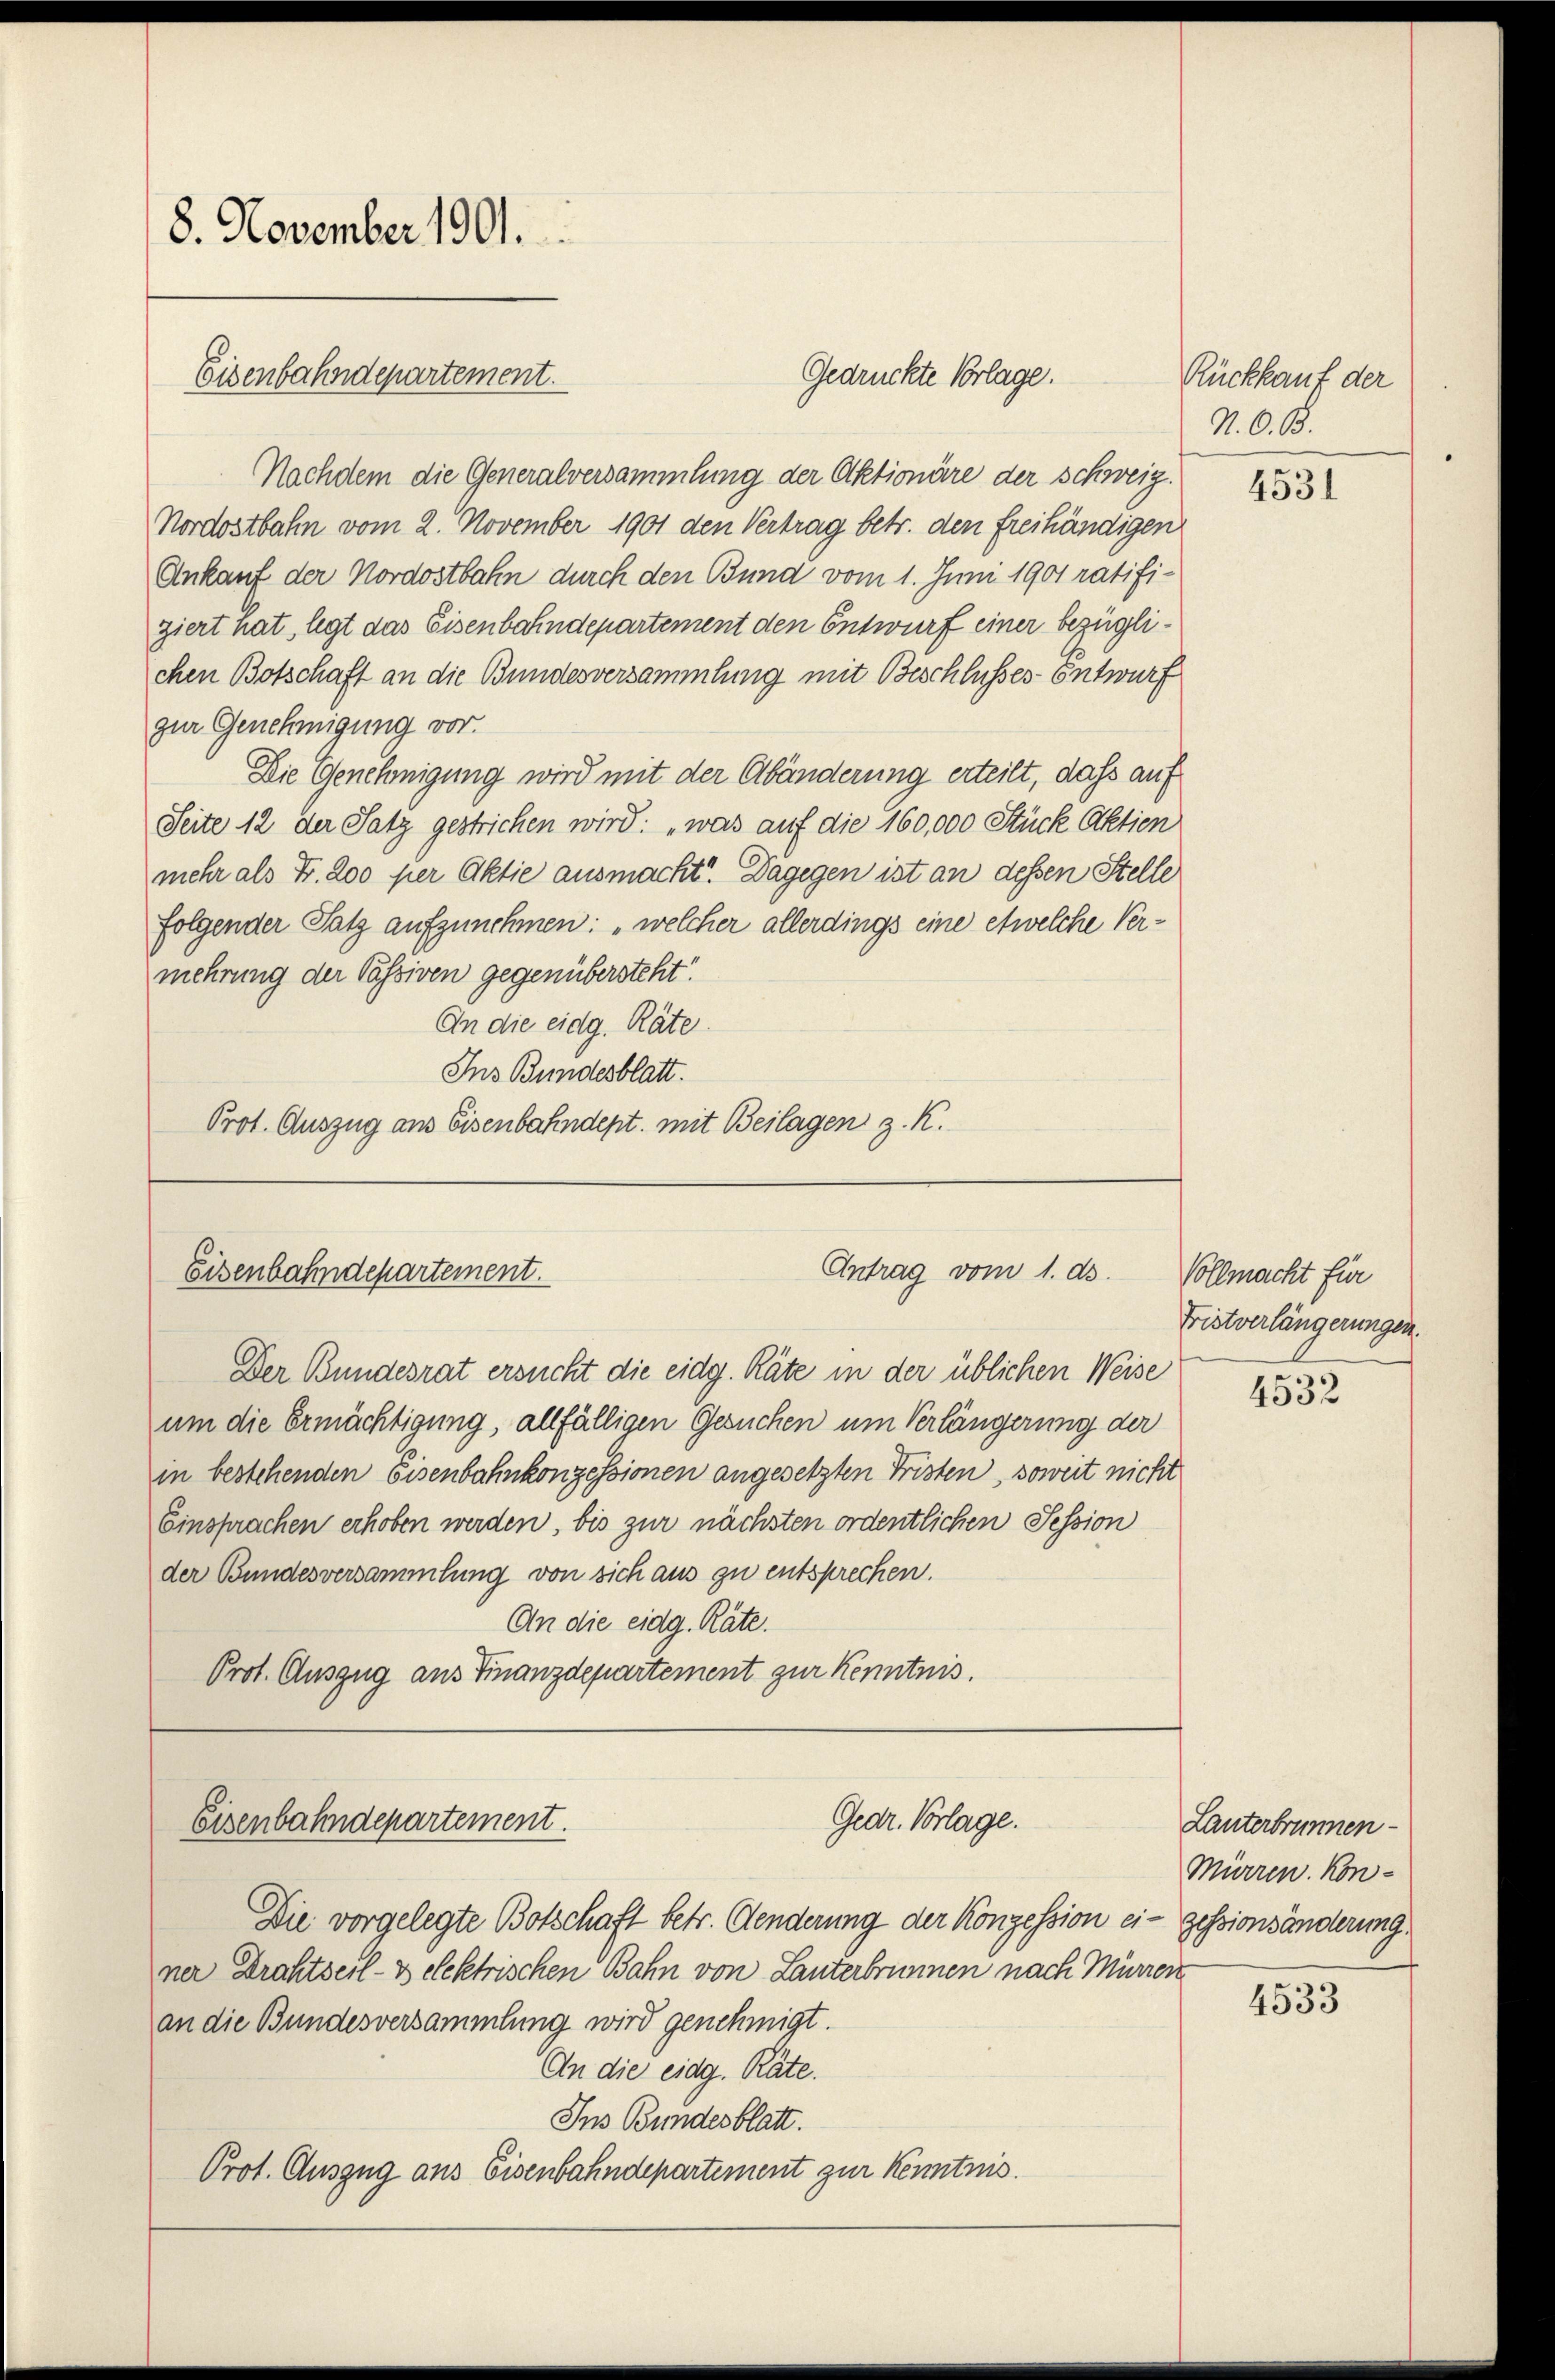
8. November 1901.

Nachdem die Generalversammlung der Aktionäre der schweiz.
Nordostbahn vom 2. November 1901 den Vertrag betr. den freihändigen
Ankauf der Nordostbahn durch den Bund vom 1. Juni 1901 ratifiziert hat, legt das Eisenbahndepartement den Entwurf einer bezüglichen Botschaft an die Bundesversammlung mit Beschlusses Entwurf
zur Genehmigung vor.
Die Genehmigung wird mit der Abänderung erteilt, dass auf
Seite 12 der Satz gestrichen wird: „was auf die 160,000 Stück Aktien
mehr als Fr. 200 per Aktie ausmacht. Dagegen ist an dessen Stelle
folgender Satz aufzunehmen: „welcher allerdings eine etwelche Vermehrung der Passiven gegenübersteht
An die eidg. Räte.
Ins Bundesblatt.
Prot. Auszug aus Eisenbahndept. mit Beilagen z. K.

Eisenbahndepartement.

Antrag vom 1. ds.
Eisenbahndepartement.

Der Bundesrat ersucht die eidg. Räte in der üblichen Weise
um die Ermächtigung, allfälligen Gesuchen um Verlängerung der
in bestehenden Eisenbahnkonzessionen angesetzten Fristen, soweit nicht
Einsprachen erhoben werden, bis zur nächsten ordentlichen Session
der Bundesversammlung von sich aus zu entsprechen.
An die eidg. Räte.
Prot. Auszug aus Finanzdepartement zur Kenntnis.

Gedr. Vorlage.
Eisenbahndepartement.

Gedrückte Vorlage.

Die vorgelegte Botschaft betr. Aenderung der Konzession ei- gessionsänderung
ner Drahtseil- & elektrischen Bahn von Lanterbrunnen nach Mürrer
an die Bundesversammlung wird genehmigt.
An die eidg. Räte.
Ins Bundesblatt.
Prot. Auszug aus Eisenbahndepartement zur Kenntnis.

Rückkauf der
N. O. B.

4531

Vollmacht für
Fristverlängerungen.

4532

Lanterbrunnen
Mürren. Kon¬

4533